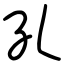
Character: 孔